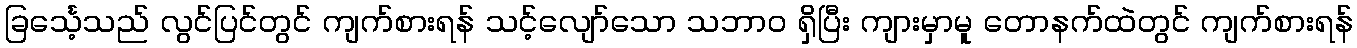
ခြင်္သေ့သည် လွင်ပြင်တွင် ကျက်စားရန် သင့်လျော်သော သဘာဝ ရှိပြီး ကျားမှာမူ တောနက်ထဲတွင် ကျက်စားရန်